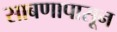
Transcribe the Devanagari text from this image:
साबणापासून